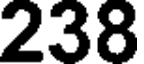
238